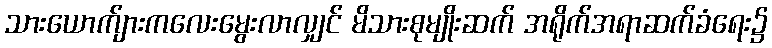
သားယောက်ျားကလေးမွေးလာလျှင် မိသားစုမျိုးဆက် အရိုက်အရာဆက်ခံရေး၌